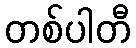
တစ်ပါတီ